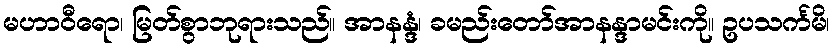
မဟာဝီရော၊ မြတ်စွာဘုရားသည်။ အာနန္ဒံ၊ ခမည်းတော်အာနန္ဒာမင်းကို။ ဥပသင်္ကမိ၊